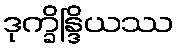
ဒုက္ခိန္ဒြိယဿ